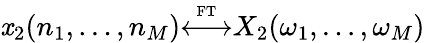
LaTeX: \mathit{x}_{2}(n_{1},\ldots,n_{M}){\overset{\underset{\mathrm{{FT}}}{}}{\longleftrightarrow}}X_{2}(\omega_{1},\ldots,\omega_{M})